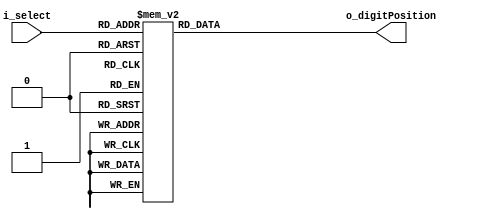
module DecoderFndDigit(
    input [2:0] i_select,
    output [3:0] o_digitPosition
    );

    reg [3:0] r_digitPosition;
    assign o_digitPosition = r_digitPosition;

    always @(i_select) begin
        case(i_select)
            3'b000 : r_digitPosition = 4'b1110;
            3'b001 : r_digitPosition = 4'b1101;
            3'b010 : r_digitPosition = 4'b1011;
            3'b011 : r_digitPosition = 4'b0111;
            3'b100 : r_digitPosition = 4'b1110;
            3'b101 : r_digitPosition = 4'b1101;
            3'b110 : r_digitPosition = 4'b1011;
            3'b111 : r_digitPosition = 4'b0111;
        endcase
    end
endmodule